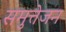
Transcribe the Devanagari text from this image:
समुत्तेजन